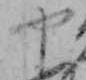
や